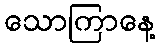
သောကြာနေ့